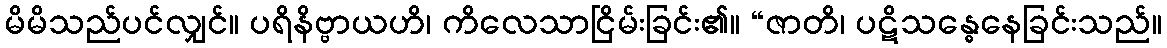
မိမိသည်ပင်လျှင်။ ပရိနိဗ္ဗာယဟိ၊ ကိလေသာငြိမ်းခြင်း၏။ “ဇာတိ၊ ပဋိသန္ဓေနေခြင်းသည်။